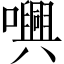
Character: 𡃳